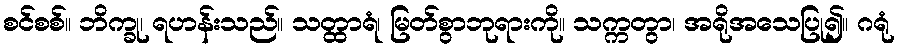
စင်စစ်။ ဘိက္ခု၊ ရဟန်းသည်။ သတ္ထာရံ၊ မြတ်စွာဘုရားကို။ သက္ကတွာ၊ အရိုအသေပြု၍။ ဂရုံ